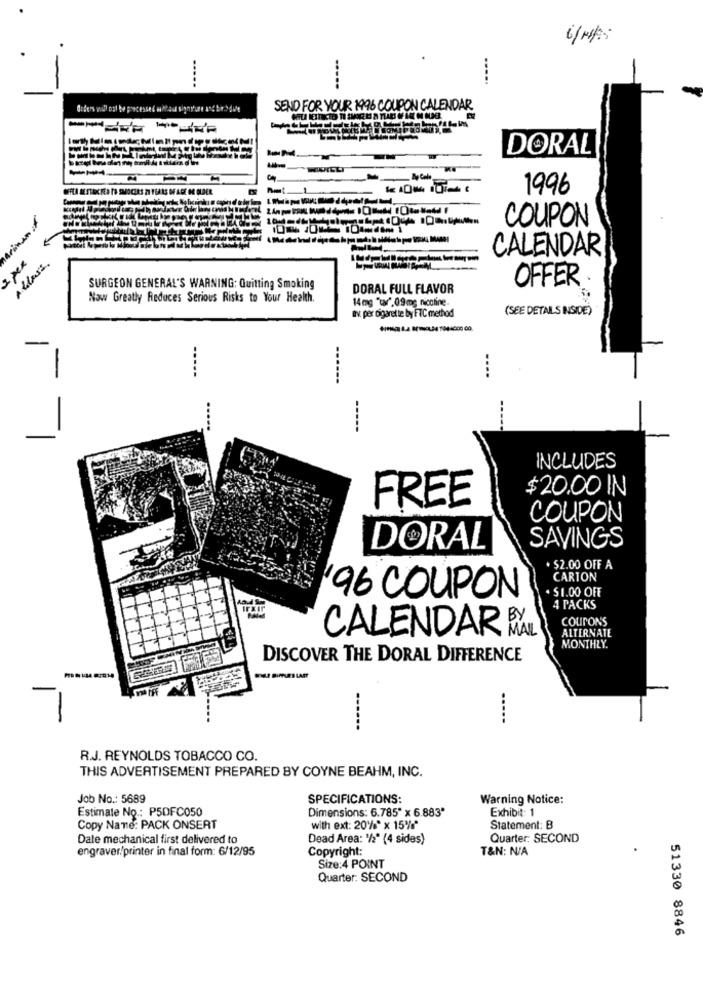
.....
.....
Ouders will not be processed milhaud signd'une and beb date
SEND FOR YOUR 1996 COUPON CALENDAR
------
DORAL
-- 4
1996
COUPON
CALENDAR
Aldass.
OFFER
SURGEON GENERAL'S WARNING: Quitting Smoking
DORAL FULL FLAVOR
Now Greatly Reduces Serious Risks to Your Health.
14 mg "tar", 09mg nicotine.
(SEE DETAILS INSIDE)
Bv. per cigarette by FTC method
-
------
-----
INCLUDES
$20.00 IN
FREE
COUPON
SAVINGS
DORAL
. $2.00 OFF A
CARTON
. $1.00 OFF
96 COUPON
4 PACKS
COUPONS
ALTERNATE
CALENDAR RAL
MONTHLY.
DISCOVER THE DORAL DIFFERENCE
----
..
---
..
R.J. REYNOLDS TOBACCO CO.
THIS ADVERTISEMENT PREPARED BY COYNE BEAHM, INC.
Job No .: 5689
SPECIFICATIONS:
Warning Notice:
Estimate No .: P5DFC050
Dimensions: 6.785" x 6.883'
Exhibit: 1
Copy Name: PACK ONSERT
with ext: 20%" x 15%*
Statement: B
Date mechanical first delivered to
Dead Area: '/2* (4 sides)
Quarter: SECOND
engraver/printer in final form: 6/12/95
Copyright:
T&N: N/A
Size:4 POINT
Quarter: SECOND
51330 8846